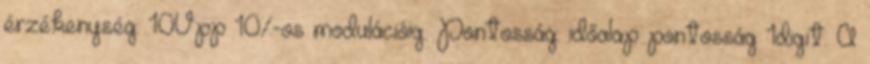
érzékenység: 10Vpp 10%-os modulációig. Pontosság: időalap pontosság 1digit. A